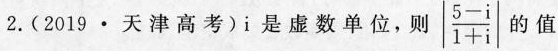
2.(2019·天津高考)i是虚数单位，则 \left | \frac{5-i}{1+i} \right | 的值